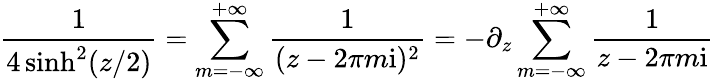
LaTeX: \frac{1}{4\sinh^{2}(z/2)}=\sum_{m=-\infty}^{+\infty}\frac{1}{(z-2\pi m\mathrm{i})^{2}}=-\partial_{z}\sum_{m=-\infty}^{+\infty}\frac{1}{z-2\pi m\mathrm{i}}